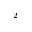
^ { - 2 }